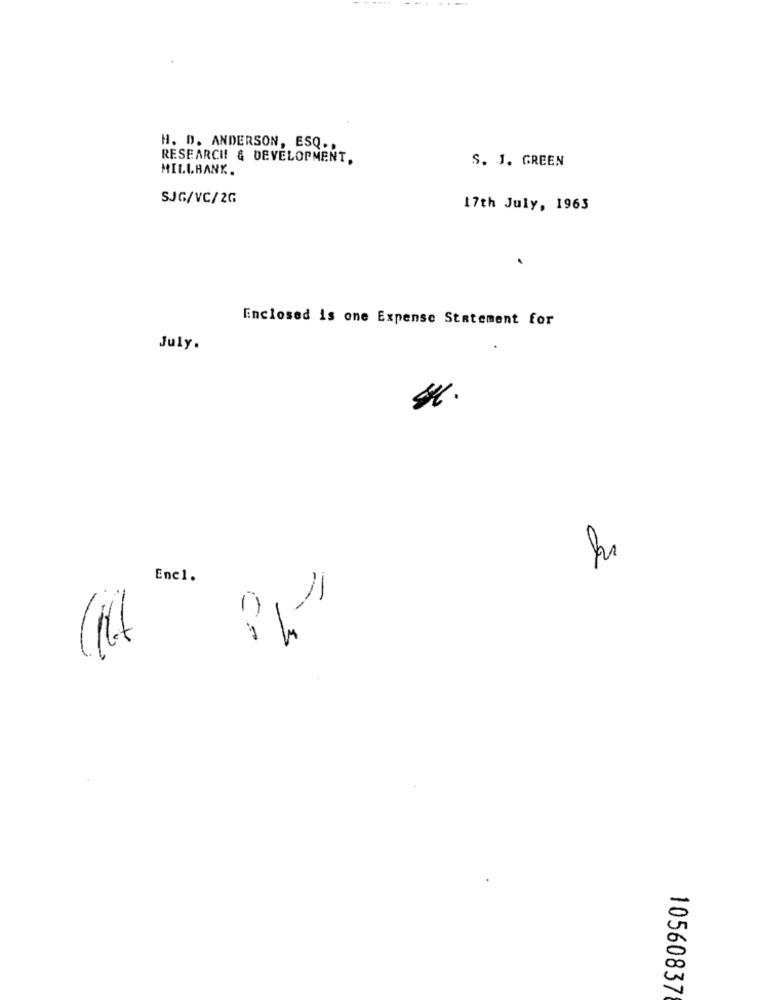
H. D. ANDERSON, ESQ ..
RESEARCH & DEVELOPMENT,
S. J. GREEN
MILLBANK.
SJG/VC/2G
17th July, 1963
Enclosed is one Expense Statement for
July.
st.
Enc1.
1)
10560837